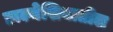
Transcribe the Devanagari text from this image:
डाल्मेशियातील